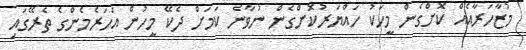
މުޒާހަރާއެއް ކޮށްގެން މީހަކު ހައްޔަރުކޮށްގެން ނުވާނެ ކަމަށް ދެކޭ މީހުން އަހަރެމެންގެ ތެރޭގައި